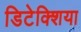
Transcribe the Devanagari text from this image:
डिटेक्शिया